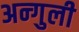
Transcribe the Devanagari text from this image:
अन्गुली